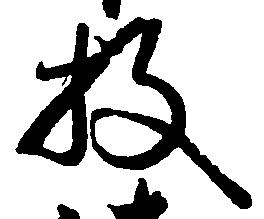
枚